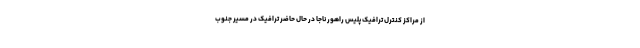
از مراکز کنترل ترافیک پلیس راهور ناجا در حال حاضر ترافیک در مسیر جنوب